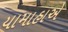
યામાહાએ